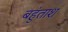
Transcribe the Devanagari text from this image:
बहुंताश